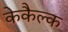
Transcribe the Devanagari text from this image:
केकैल्क